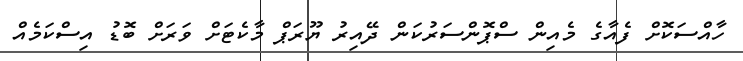
ހާއްސަކޮށް ފެއާގެ މެއިން ސްޕޮންސަރުކަން ދޭއިރު ޔޫރަޕް މާކެޓަށް ވަރަށް ބޮޑު އިސްކަމެއް